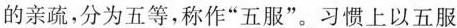
的亲疏，分为五等，称作”五服”。习惯上以五服